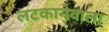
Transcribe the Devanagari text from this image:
लटकानेवाला